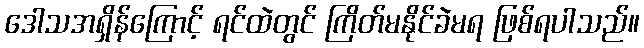
ဒေါသအရှိန်ကြောင့် ရင်ထဲတွင် ကြိတ်မနိုင်ခဲမရ ဖြစ်ရပါသည်။